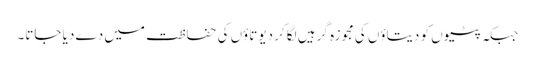
جبکہ پٹیوں کو دیتاؤں کی مجوزہ گرہیں لگا کر دیوتاؤں کی حفاظت میں دے دیا جاتا۔